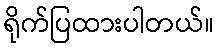
ရိုက်ပြထားပါတယ်။